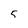
Character: 5